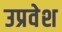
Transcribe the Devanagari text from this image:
उप्रवेश